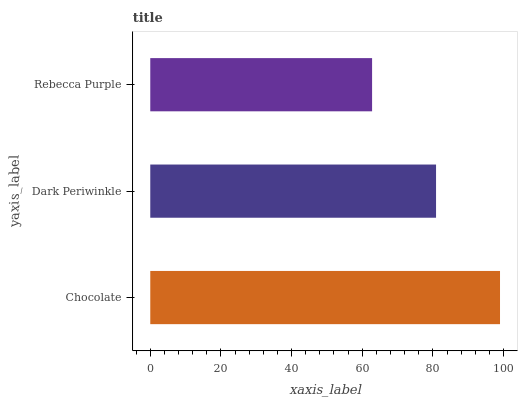
| yaxis_label | bars |
 | --- | --- |
 | Chocolate | 99 |
 | Dark Periwinkle | 80.9 |
 | Rebecca Purple | 62.8 |